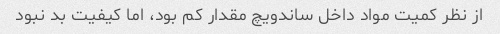
از نظر کمیت مواد داخل ساندویچ مقدار کم بود، اما کیفیت بد نبود